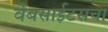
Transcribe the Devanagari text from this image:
वेबसाईटसचा